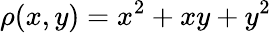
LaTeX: \rho(x,y)=x^{2}+xy+y^{2}